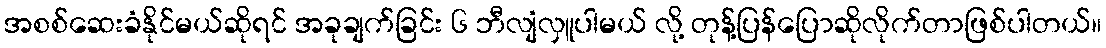
အစစ်ဆေးခံနိုင်မယ်ဆိုရင် အခုချက်ခြင်း ၆ ဘီလျံလှူပါမယ် လို့ တုန့်ပြန်ပြောဆိုလိုက်တာဖြစ်ပါတယ်။